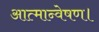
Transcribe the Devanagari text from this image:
आत्मान्वेषण।